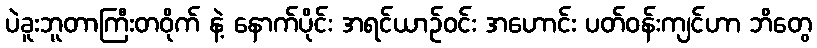
ပဲခူးဘူတာကြီးတဝိုက် နဲ့ နောက်ပိုင်း အရင်ယာဉ်ဝင်း အဟောင်း ပတ်ဝန်းကျင်ဟာ ဘိတွေ